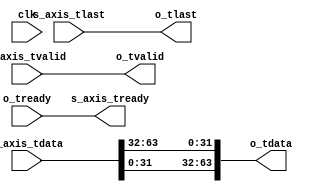
//
// Copyright 2017 Ettus Research, a National Instruments Company
//
// SPDX-License-Identifier: LGPL-3.0-or-later
//
`default_nettype none

module axis_to_cvita
(
        input wire           clk,

	input wire [63:0]    s_axis_tdata,
        input wire           s_axis_tlast,
        input wire           s_axis_tvalid,
        output wire          s_axis_tready,

	output wire [63:0]   o_tdata,
        output wire          o_tlast,
        output wire          o_tvalid,
        input wire           o_tready
);

	assign s_axis_tready = o_tready;

	assign o_tdata = {s_axis_tdata[31:0], s_axis_tdata[63:32]};
	assign o_tlast = s_axis_tlast;
	assign o_tvalid = s_axis_tvalid;

endmodule // axis_to_cvita

`default_nettype wire